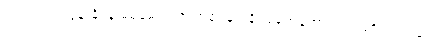
ဝတ္ထုထဲက ထွန်းနိုင်နဲ့ မမမေဂျာ ဇာတ်ရုပ်နဲ့ ရခိုင်ခေတ်ဟောင်းက မဂိုလုလင်နဲ့